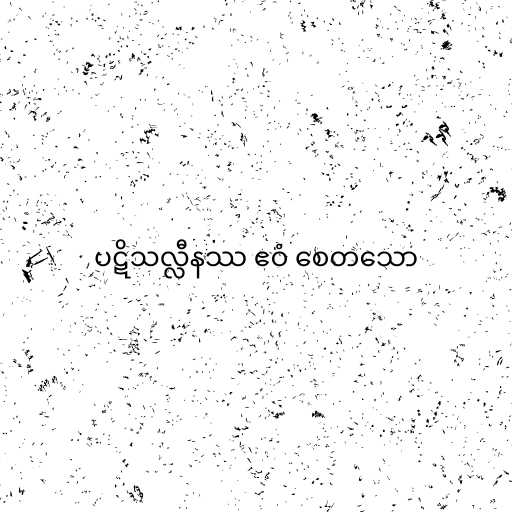
ပဋိသလ္လီနဿ ဧဝံ စေတသော